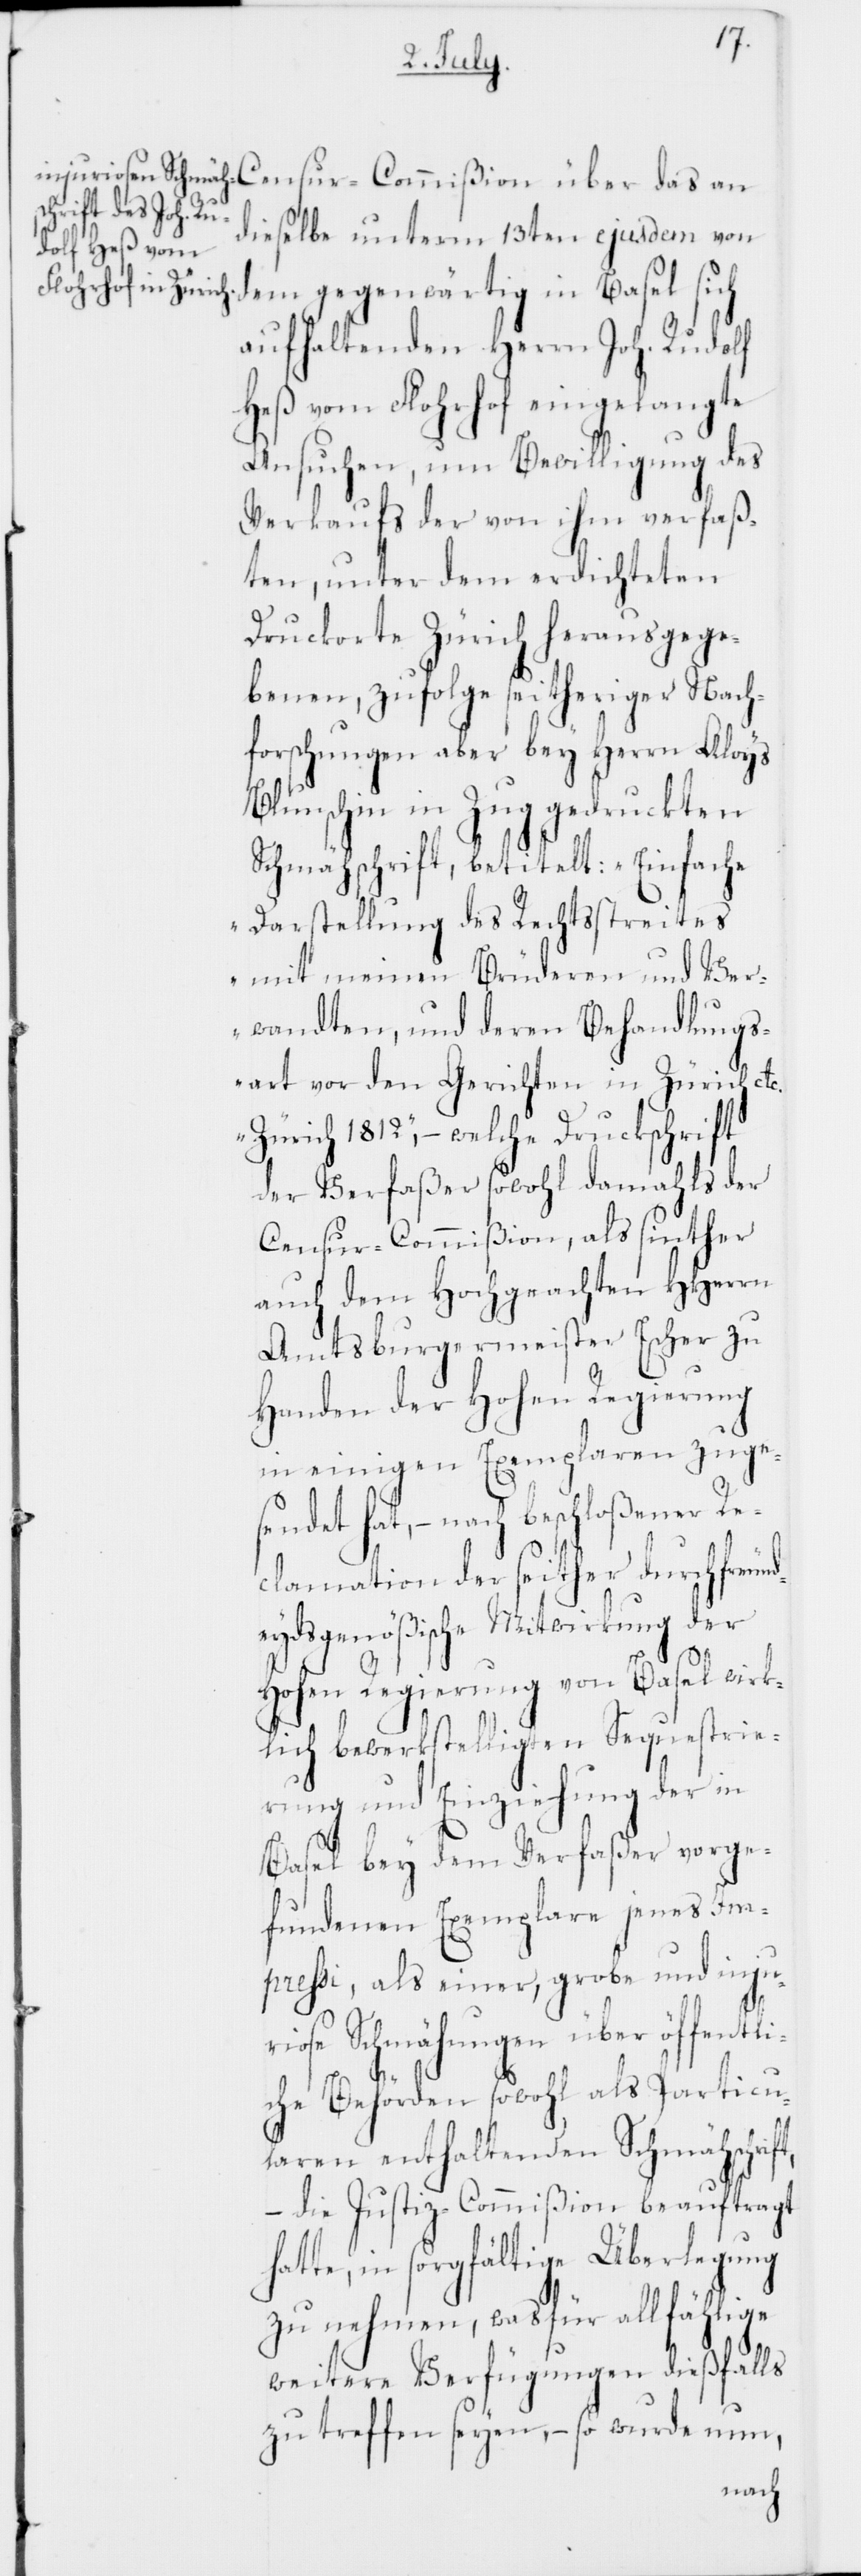
dieselbe unterm 13ten ejusdem von
dem gegenwärtig in Basel sich
aufhaltenden Herrn Joh. Rudolf
Heß vom Florhof eingelangte
Ansuchen, um Bewilligung des
Verkaufs der von ihm verfaß¬
ten, unter dem erdichteten
Druckorte Zürich herausgege¬
benen, zufolge seitheriger Nach¬
forschungen aber bey Herrn Aloys
Blunschin in Zug gedruckten
Schmähschrift, betitelt: „Einfache
Darstellung des Rechtßtreites
mit meinen Brüderen und Ver¬
wandten, und deren Behandlungs¬
art vor den Gerichten in Zürich
Zürich 1812,“ – welche Druckschrift
der Verfaßer sowohl damahls der
Censur-Commißion, als sinther
auch dem Hochgeachten HHerren
Amstburgermeister Escher zu
Handen der Hohen Regierung
in einigen Exemplaren zuge¬
sendet hat, – nach beschloßener Re¬
clamation der seither durch freun¬
deydsgenößische Mitwirkung der
l wirk¬
Hohen Regierung von Base¬
lich bewerkstelligten Sequestrie¬
rung und Einziehung der in
Basel bey dem Verfaßer vorge¬
fundenen Exemplare jenes Im¬
pressi, als einer, grobe und injur¬
iose Schmähungen über öffentli¬
che Behörden sowohl als Particu¬
laren enthaltenen Schmähschrift,
– die Justiz-Commißion beauftragt
hatte, in sorgfältige Überlegung
zu nehmen, was für allfählige
weitere Verfügungen dießfalls
zu treffen seyen, – so wurde nun,